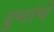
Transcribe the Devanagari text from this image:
दुष्टांचे